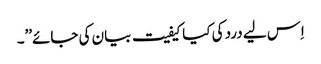
اِس لیے درد کی کیا کیفیت بیان کی جائے\’\’۔